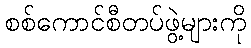
စစ်ကောင်စီတပ်ဖွဲ့များကို